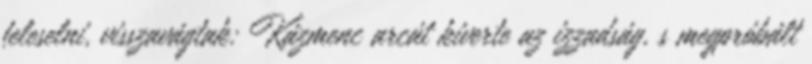
feleselni, visszavágtak: Kázmenc arcát kiverte az izzadság, s megpróbált